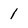
Character: 1